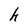
Character: h